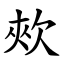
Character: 㰰